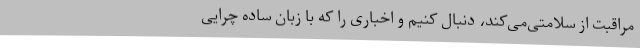
مراقبت از سلامتی‌می‌کند، دنبال کنیم و اخباری را که با زبان ساده چرایی